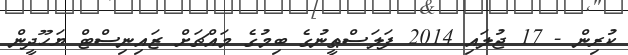
ކުރިން - 17 ޖުލައި 2014 ފަލަސްޠީނުގެ ބިމުގެ މައްޗަށް ޒައިނިސްޓް ޔަހޫދީން